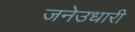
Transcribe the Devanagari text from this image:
जनेउधारी